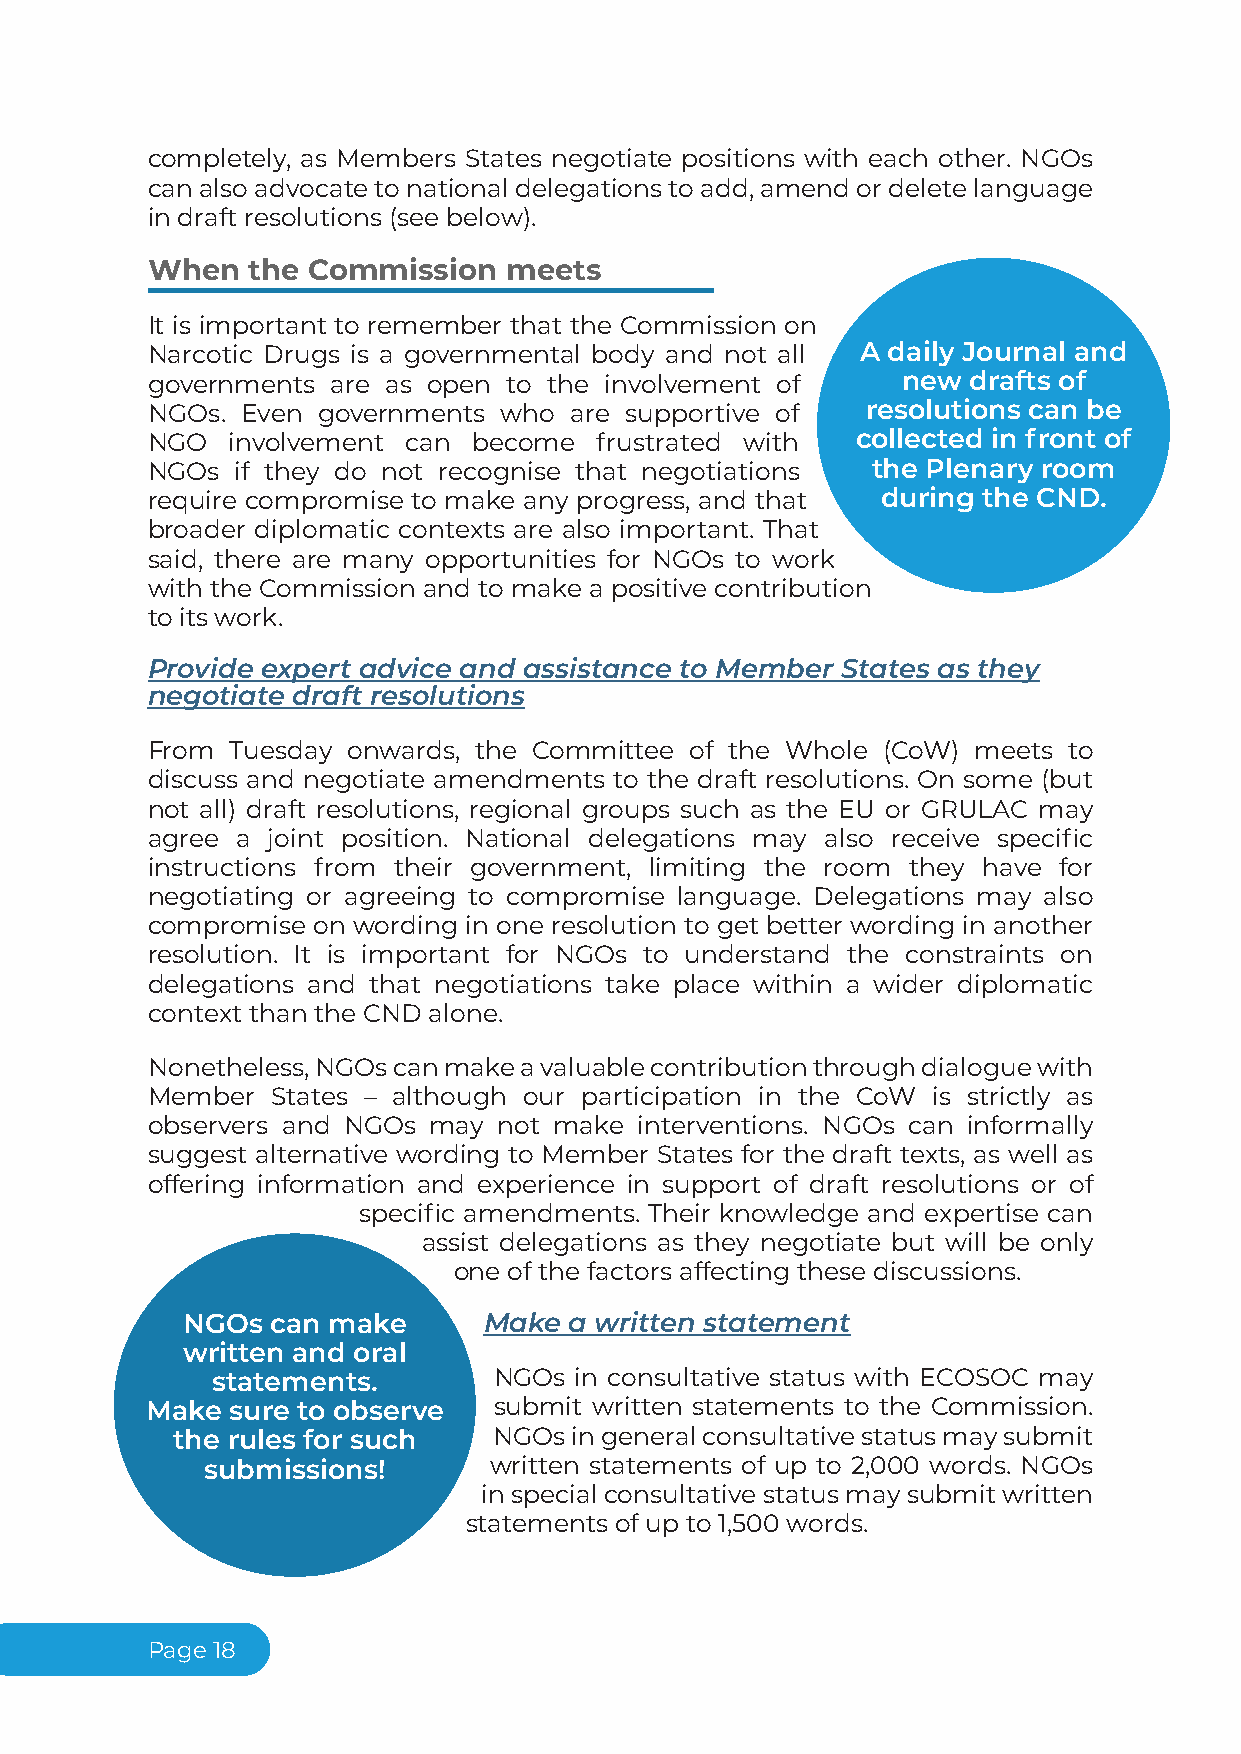
completely, as Members States negotiate positions with each other. NGOs
 canalsoadvocatetonationaldelegationstoadd,amendordeletelanguage
 in draft resolutions (see below).
 When  the Commission   meets
 It is important to remember that the Commission on
 Narcotic Drugs is a governmental body and not all A daily Journal and
 governments are as open to the involvement of     new drafts of
 NGOs. Even governments who  are supportive of  resolutions can be
 NGO  involvement can become  frustrated with   collected in front of
 NGOs  if they do not recognise that negotiations the Plenary room
 require compromise to make any progress, and that during the CND.
 broader diplomatic contexts are also important. That
 said, there are many opportunities for NGOs to work
 with the Commission and to make a positive contribution
 to its work.
 Provide expert advice and assistance to Member States as they
 negotiate draft resolutions
 From Tuesday onwards, the Committee of the Whole (CoW) meets to
 discuss and negotiate amendments to the draft resolutions. On some (but
 not all) draft resolutions, regional groups such as the EU or GRULAC may
 agree a joint position. National delegations may also receive specific
 instructions from their government, limiting the room they have for
 negotiating or agreeing to compromise language. Delegations may also
 compromise on wording in one resolution to get better wording in another
 resolution. It is important for NGOs to understand the constraints on
 delegations and that negotiations take place within a wider diplomatic
 context than the CND alone.
 Nonetheless,NGOscanmakeavaluablecontributionthroughdialoguewith
 Member  States – although our participation in the CoW is strictly as
 observers and NGOs may not make interventions. NGOs can informally
 suggest alternative wording to Member States for the draft texts, as well as
 offering information and experience in support of draft resolutions or of
 specific amendments. Their knowledge and expertise can
 assist delegations as they negotiate but will be only
 one of the factors affecting these discussions.
 NGOs  can make      Make  a written statement
 written and oral
 statements.        NGOs in consultative status with ECOSOC may
 Make sure to observe   submit written statements to the Commission.
 the rules for such    NGOsingeneralconsultativestatusmaysubmit
 submissions!      written statements of up to 2,000 words. NGOs
 in special consultative status may submit written
 statements of up to 1,500 words.
 Page18                                                  Page18